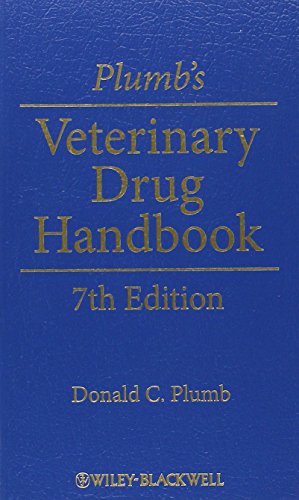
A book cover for Plumb's Veterinary Drug Handbook: Pocket; Donald C. Plumb; Medical Books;